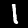
Label: 1